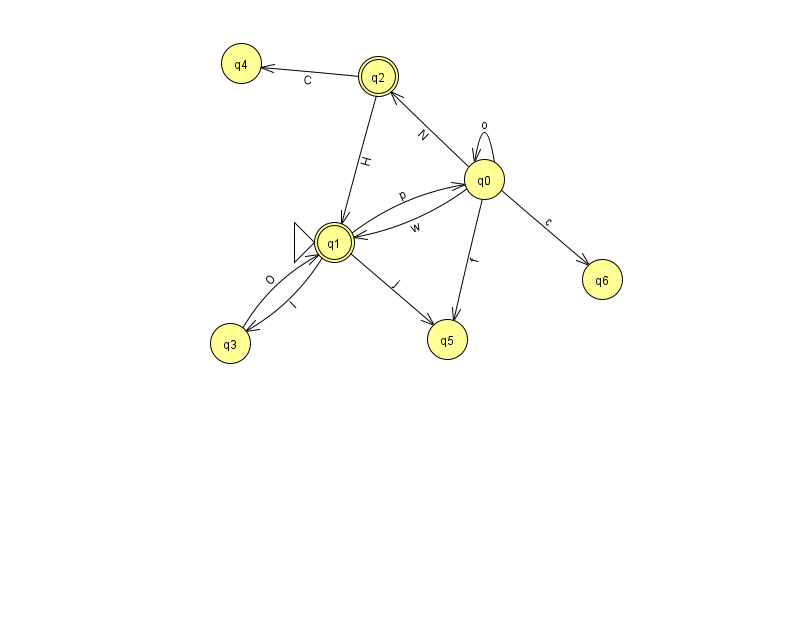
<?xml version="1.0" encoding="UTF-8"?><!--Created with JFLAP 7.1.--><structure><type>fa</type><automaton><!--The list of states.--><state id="0" name="q0"><x>484.0</x><y>166.0</y></state><state id="1" name="q1"><x>334.0</x><y>229.0</y><initial/><final/></state><state id="2" name="q2"><x>378.0</x><y>63.0</y><final/></state><state id="3" name="q3"><x>230.0</x><y>330.0</y></state><state id="4" name="q4"><x>241.0</x><y>50.0</y></state><state id="5" name="q5"><x>447.0</x><y>326.0</y></state><state id="6" name="q6"><x>602.0</x><y>266.0</y></state><!--The list of transitions.--><transition><from>1</from><to>3</to><read>I</read></transition><transition><from>0</from><to>6</to><read>c</read></transition><transition><from>0</from><to>2</to><read>N</read></transition><transition><from>3</from><to>1</to><read>O</read></transition><transition><from>0</from><to>1</to><read>w</read></transition><transition><from>2</from><to>4</to><read>C</read></transition><transition><from>0</from><to>5</to><read>f</read></transition><transition><from>1</from><to>0</to><read>p</read></transition><transition><from>1</from><to>5</to><read>j</read></transition><transition><from>2</from><to>1</to><read>H</read></transition><transition><from>0</from><to>0</to><read>o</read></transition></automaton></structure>